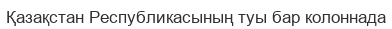
Қазақстан Республикасының туы бар колоннада